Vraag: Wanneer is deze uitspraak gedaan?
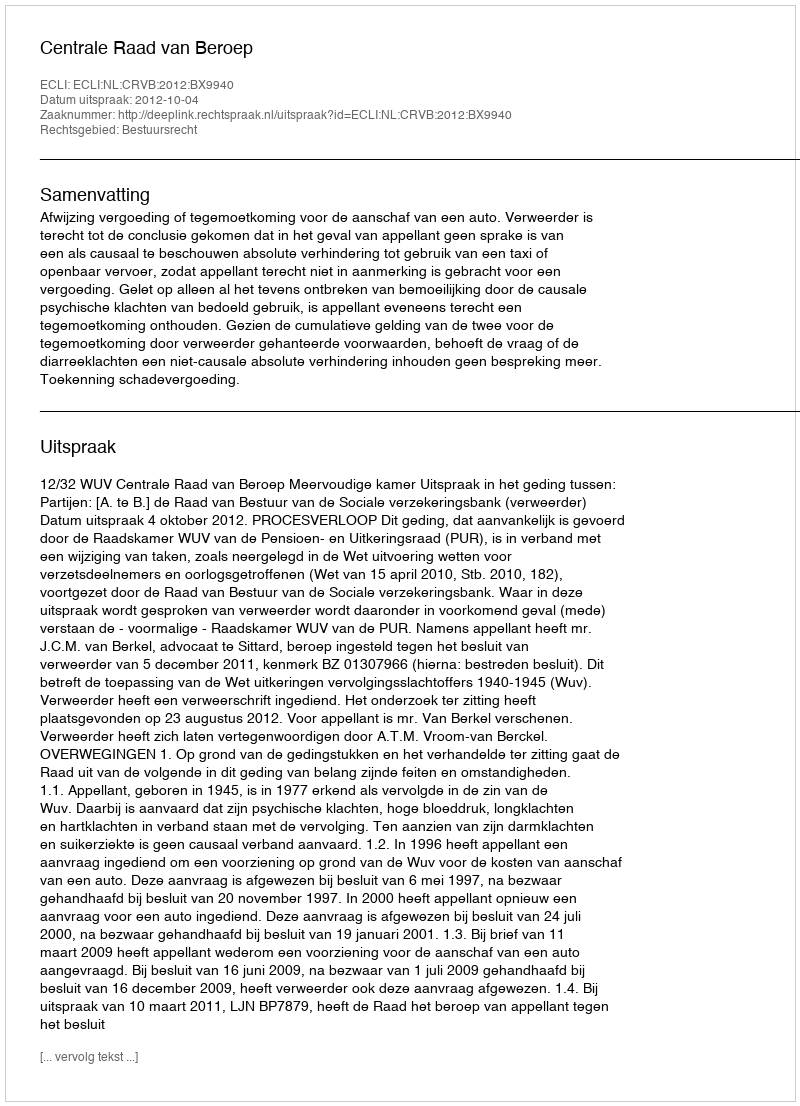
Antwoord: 2012-10-04